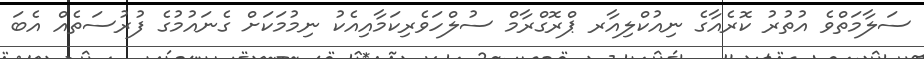
ސަލާމަތްވެ އުތުރު ކޮރެއާގެ ނިއުކްލިއާރ ޕްރޮގްރާމް ސުލްހަވެރިކަމާއިއެކު ނިމުމަކަށް ގެނައުމުގެ ފުރުސަތެއް އެބަ